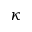
\kappa